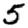
Digit: 5